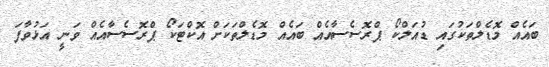
ބައެއް މޮޑެލްތަކުގައި ޑުއަލްކޯ ޕްރޮސެސާއެއް ބައެއް މޮޑެލްތަކަށް އޮކްޓަކޯ ޕްރޮސެސާއެއް ވަނީ އަޅުވާފަ